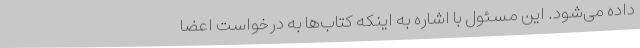
داده ‌می‌شود. این مسئول با اشاره به اینکه کتاب‌ها به درخواست اعضا